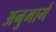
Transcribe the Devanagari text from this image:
अनुमार्ग